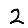
Digit: 2